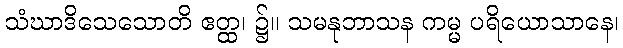
သံဃာဒိသေသောတိ ဧတ္ထ၊ ၌။ သမနုဘာသန ကမ္မ ပရိယောသာနေ၊